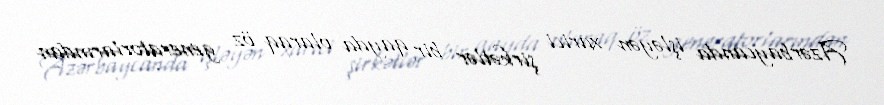
Azərbaycanda işləyən xarici şirkətlər bir qayda olaraq öz generatorlarından